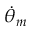
\dot { \theta } _ { m }